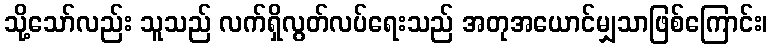
သို့သော်လည်း သူသည် လက်ရှိလွတ်လပ်ရေးသည် အတုအယောင်မျှသာဖြစ်ကြောင်း၊